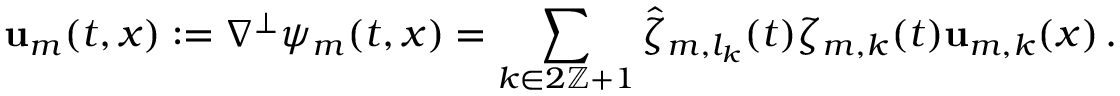
\mathbf { u } _ { m } ( t , x ) : = \nabla ^ { \perp } \psi _ { m } ( t , x ) = \sum _ { k \in 2 \ensuremath { \mathbb { Z } } + 1 } \hat { \zeta } _ { m , l _ { k } } ( t ) \zeta _ { m , k } ( t ) \mathbf { u } _ { m , k } ( x ) \, .